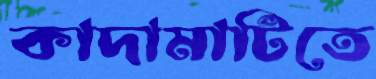
কাদামাটিতে